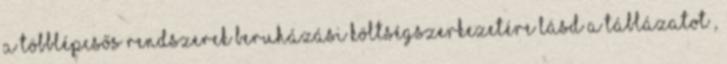
a többlépcsős rendszerek beruházási költségszerkezetére lásd a táblázatot ,